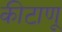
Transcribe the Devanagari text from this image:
कीटाणू